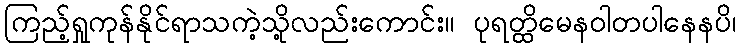
ကြည့်ရှုကုန်နိုင်ရာသကဲ့သို့လည်းကောင်း။ ပုရတ္ထိမေနဝါတပါနေနပိ၊